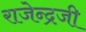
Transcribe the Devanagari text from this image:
राजेन्द्रजी